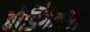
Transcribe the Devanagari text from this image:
बोर्डिंगाच्या